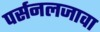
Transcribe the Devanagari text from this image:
पर्सनलजावा